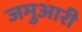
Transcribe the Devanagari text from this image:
जमुआरी